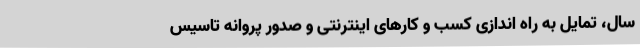
سال، تمایل به راه اندازی کسب و کارهای اینترنتی و صدور پروانه تاسیس